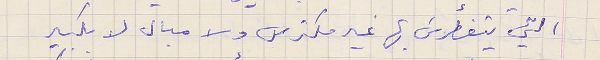
التي يتغطرسَ بها غير مكترس ولا مبال لا بكبير